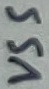
Text: VSS